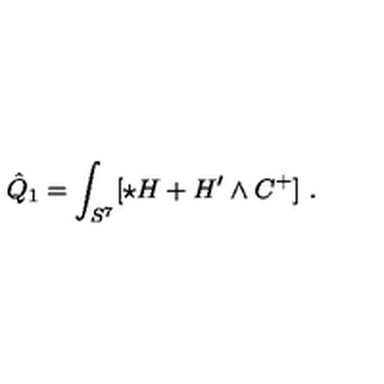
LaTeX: \hat { Q } _ { 1 } = \int _ { S ^ { 7 } } [ \star H + H ^ { \prime } \wedge C ^ { + } ] \ .